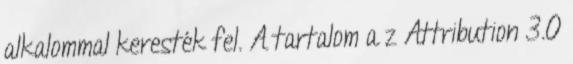
alkalommal keresték fel. A tartalom a z Attribution 3.0